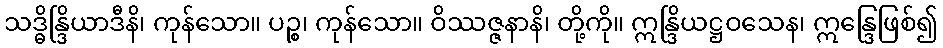
သဒ္ဓိန္ဒြိယာဒီနိ၊ ကုန်သော။ ပဉ္စ၊ ကုန်သော။ ဝိဿဇ္ဇနာနိ၊ တို့ကို။ ဣန္ဒြိယဋ္ဌဝသေန၊ ဣန္ဒြေဖြစ်၍